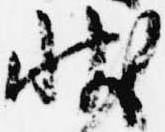
状